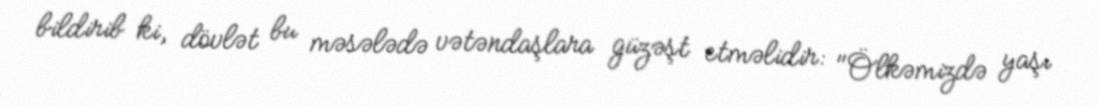
bildirib ki, dövlət bu məsələdə vətəndaşlara güzəşt etməlidir: "Ölkəmizdə yaşı